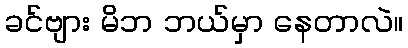
ခင်ဗျား မိဘ ဘယ်မှာ နေတာလဲ။